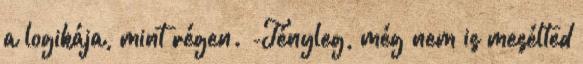
a logikája, mint régen. -Tényleg, még nem is mesélted